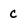
Character: c